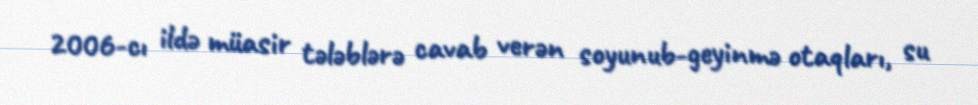
2006-cı ildə müasir tələblərə cavab verən soyunub-geyinmə otaqları, su